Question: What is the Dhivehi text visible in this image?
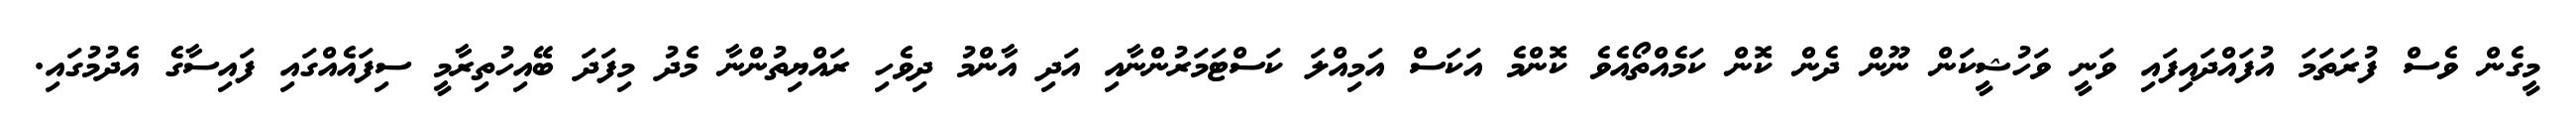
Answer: މީގެން ވެސް ފުރަތަމަ އުފައްދައިފައި ވަނީ ވަހުޝީކަން ނޫން ދެން ކޮން ކަމެއްތޯއެވެ ކޮންމެ އަކަސް އަމިއްލަ ކަސްޓަމަރުންނާއި އަދި އާންމު ދިވެހި ރައްޔިތުންނާ މެދު މިފަދަ ބޭއިހުތިރާމީ ސިފައެއްގައި ފައިސާގެ އެދުމުގައި.